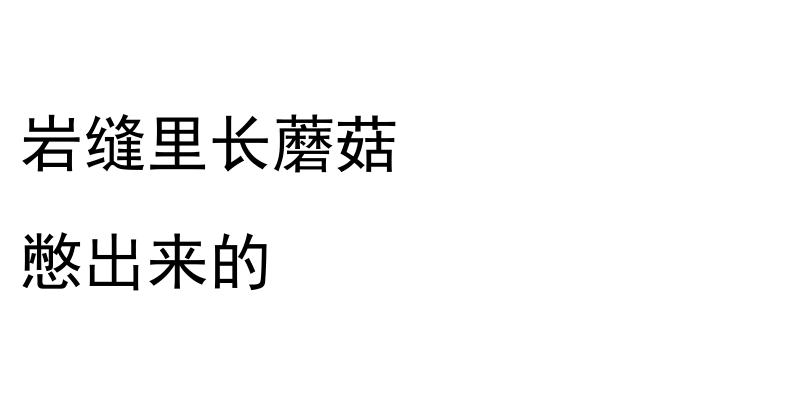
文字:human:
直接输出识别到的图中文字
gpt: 岩缝里长蘑菇 憋出来的